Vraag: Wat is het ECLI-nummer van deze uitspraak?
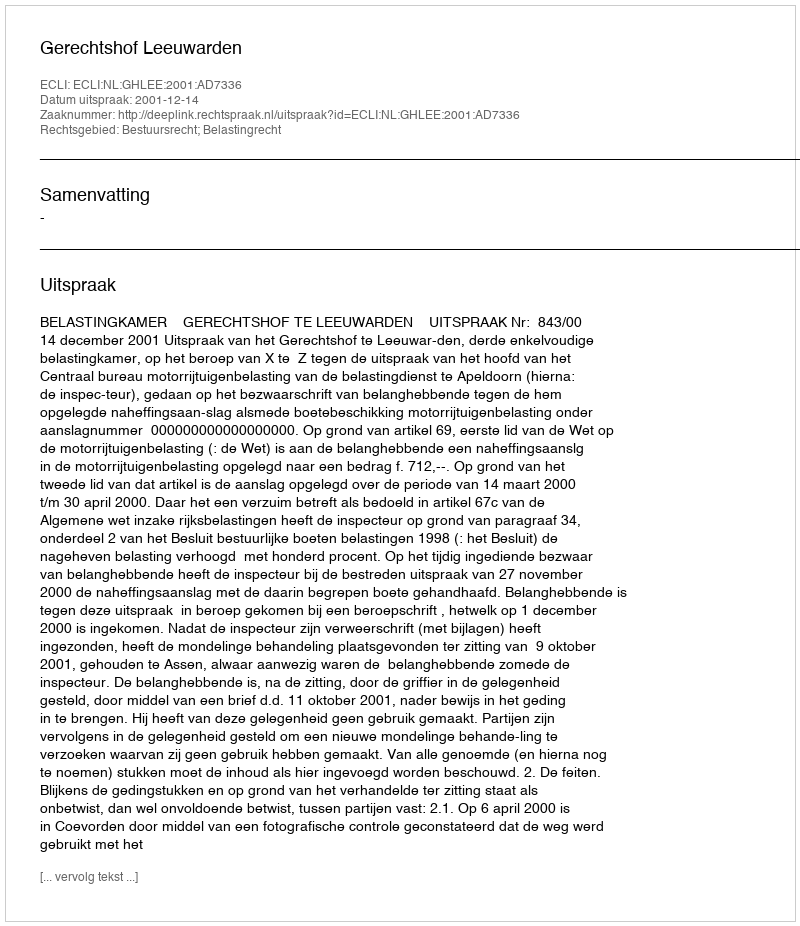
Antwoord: ECLI:NL:GHLEE:2001:AD7336